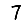
Digit: 7